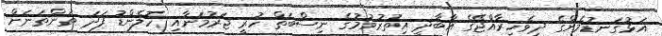
އަޅުގަނޑުމެންގެ ދިވެހިރާއްޖޭގެ އާބާދީ އިތުރުވުމުގެ ނިސްބަތް ހުރީ ޖަރުމަނާއި ހޮލެންޑު ފަދަ ތަންތަނަށް